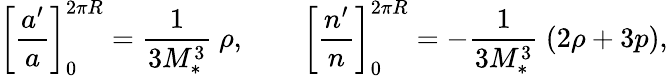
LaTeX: \left[\frac{a^{\prime}}{a}\right]_{0}^{2\pi R}=\frac{1}{3M_{*}^{3}}\ \rho,\qquad\left[\frac{n^{\prime}}{n}\right]_{0}^{2\pi R}=-\frac{1}{3M_{*}^{3}}\ (2\rho+3p),